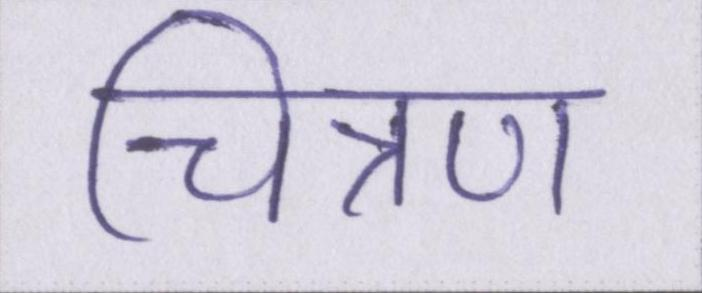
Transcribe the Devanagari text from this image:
चित्रण